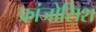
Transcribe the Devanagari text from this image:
फ्रांजोसिश